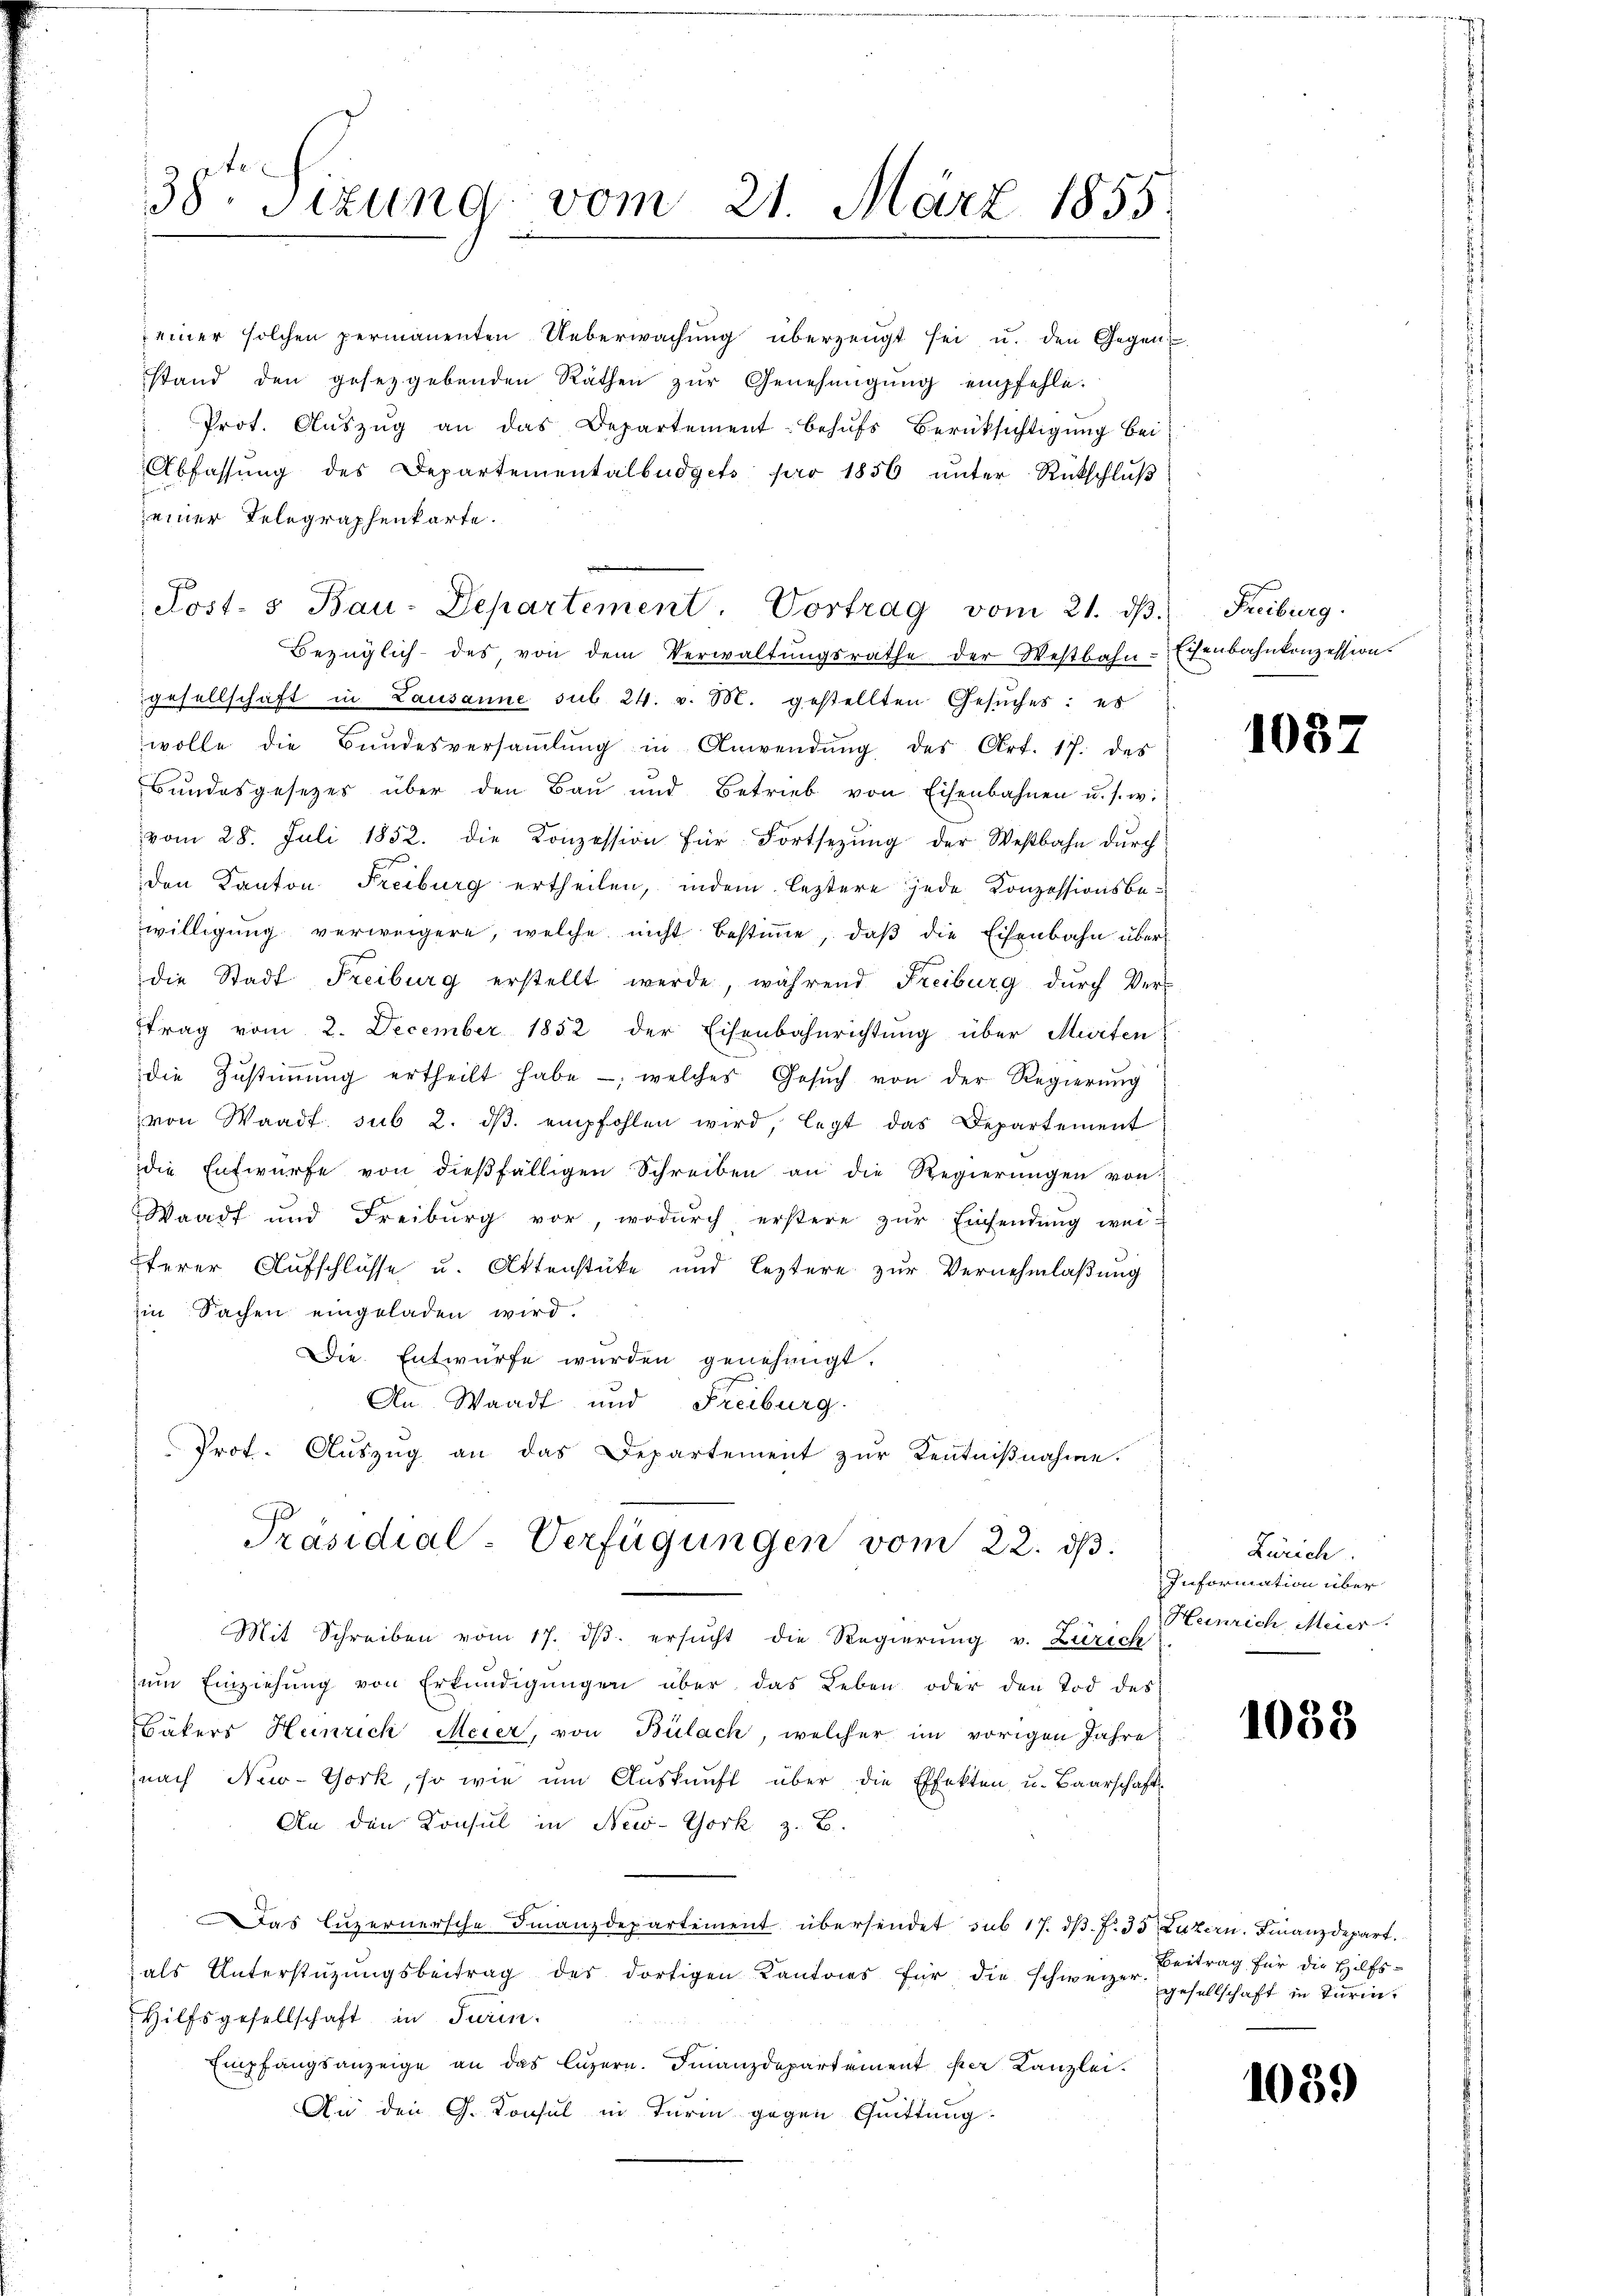
38te Sizung vom 21. März 1855.

einer solchen permanenten Ueberwachŭng überzeugt sei u. den Gegen-
stand den gesetzgebenden Räthen zŭr Genehmigŭng empfehle.
Prot. Aŭszŭg an das Departement behŭfs Berüksichtigŭng bei
Abfassŭng des Departementalbüdgets pro 1856 ŭnter Rückschlŭβ
einer Telegraphenkarte.
Bezüglich des, von dem Verwaltungsrathe der Westbahn-Eisenbahnkonzession.
gesellschaft in Lausanne sub 24. v. 3. gestellten Gesŭches: es
wolle die Bundesversaṁlŭng in Anwendŭng des Art. 17. des
Bundesgesetzes über den Bau und Betrieb von Eisenbahnen u. s. w.
vom 28. Juli 1852. die Konzession für Fortsezung der Weßbahn durch
den Kanton Freiburg ertheilen, indem leztere jede Konzessionsbewilligung verweigere, welche nicht bestimme, daß die Eisenbahn über
f
die Stadt Freiburg erstellt werde, während Freiburg durch Ver-
trag vom 2. December 1852 der Eisenbahnrichtung über Murten
die Zŭstiṁŭng ertheilt habe; welches Gesŭch von der Regierŭng
von Waadt sub 2. dβ. empfohlen wird, legt das Departement
die Entwürfe von dieβfälligen Schreiben an die Regierŭngen von
Waadt und Freiburg vor, wodŭrch erstere zŭr Einsendŭng wei-
Eterer Aufschlüsse u. Attenstüke und leztere zur Vernehmlaßung
im Sachen eingeladen wird.
Die Entwürfe wurden genehmigt.
An Waadt und Freiburg.
Prot. Aŭszŭg an das Departement zŭr Kentniβnahme.
Präsidial-Verfügungen vom 22. ds.
Mit Schreiben vom 17. dβ. ersŭcht die Regierŭng v. Zürich
zŭm Einziehŭng von Erkŭndigŭngen über das Leben oder den Tod des
Bäkers Heinrich Meier, von Bülach, welcher im vorigen Jahre
nach New-York, so wie um Auskunft über die Effekten u. Baarschaft-
An den Konsul in New-York z. B.
Das Lŭzernersche Finanzdepartement übersendet sub 17. dβ. f. 33 Luzern. Finanzdepart.
als Unterstützŭngsbeitrag des dortigen Kantons für die schweizer-
Hilfsgesellschaft in Turin.
Empfangsanzeige an das Luzern. Finanzdepartement par Kanzlei.
An den G. Konsul in Turm gegen Quittung.

Post- & Bau-Departement. Vortrag vom 21. dβ. Freiburg.

1037

Zürich.
Information über
Heinrich, Meier.

1038

Beitrag für die Hilfs-
gesellschaft in Turin.

1089